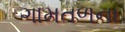
ગામતળના